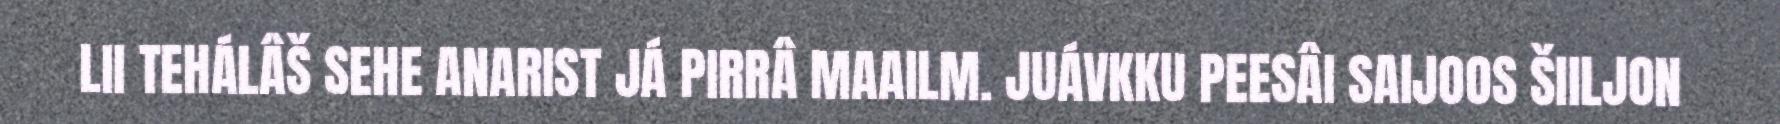
LII TEHÁLÂŠ SEHE ANARIST JÁ PIRRÂ MAAILM. JUÁVKKU PEESÂI SAIJOOS ŠIILJON